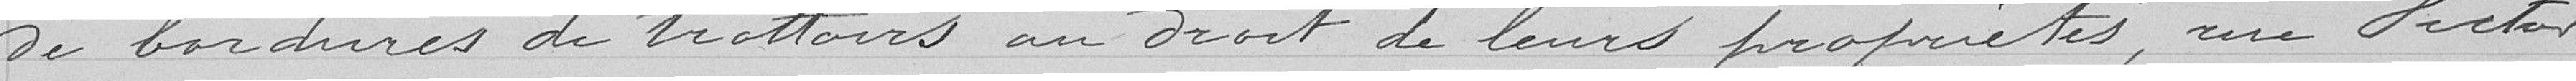
de bordures de trottoirs au droit de leurs propriétés, rue Victor